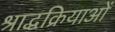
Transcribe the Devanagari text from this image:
श्राद्धक्रियाओं